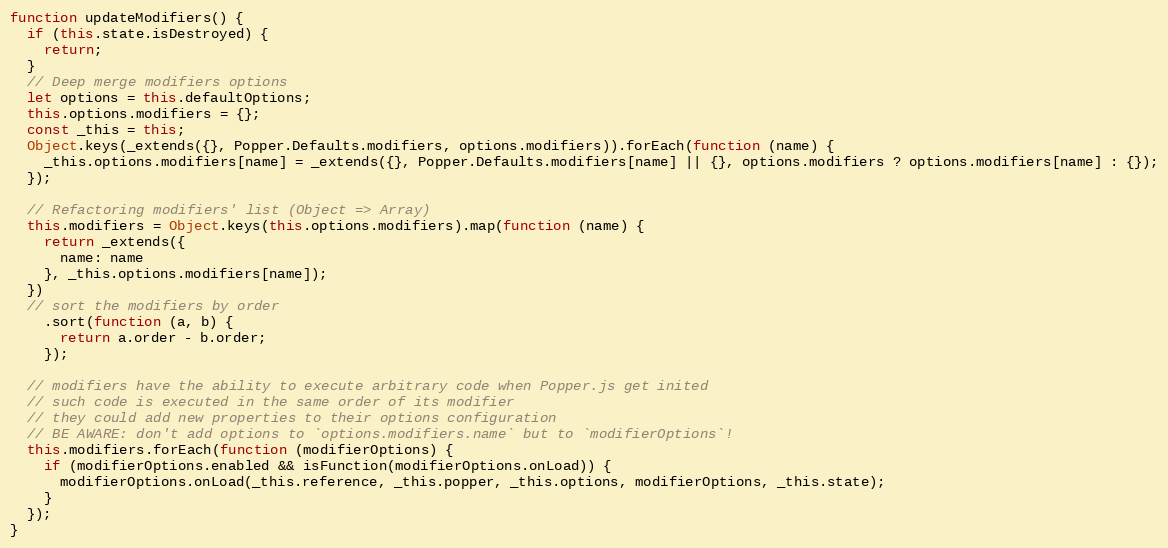
Language: JavaScript
function updateModifiers() {
  if (this.state.isDestroyed) {
    return;
  }
  // Deep merge modifiers options
  let options = this.defaultOptions;
  this.options.modifiers = {};
  const _this = this;
  Object.keys(_extends({}, Popper.Defaults.modifiers, options.modifiers)).forEach(function (name) {
    _this.options.modifiers[name] = _extends({}, Popper.Defaults.modifiers[name] || {}, options.modifiers ? options.modifiers[name] : {});
  });

  // Refactoring modifiers' list (Object => Array)
  this.modifiers = Object.keys(this.options.modifiers).map(function (name) {
    return _extends({
      name: name
    }, _this.options.modifiers[name]);
  })
  // sort the modifiers by order
    .sort(function (a, b) {
      return a.order - b.order;
    });

  // modifiers have the ability to execute arbitrary code when Popper.js get inited
  // such code is executed in the same order of its modifier
  // they could add new properties to their options configuration
  // BE AWARE: don't add options to `options.modifiers.name` but to `modifierOptions`!
  this.modifiers.forEach(function (modifierOptions) {
    if (modifierOptions.enabled && isFunction(modifierOptions.onLoad)) {
      modifierOptions.onLoad(_this.reference, _this.popper, _this.options, modifierOptions, _this.state);
    }
  });
}